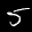
Label: 5